Medical and sanitary report of the native army of Madras for the year
Year: 1878
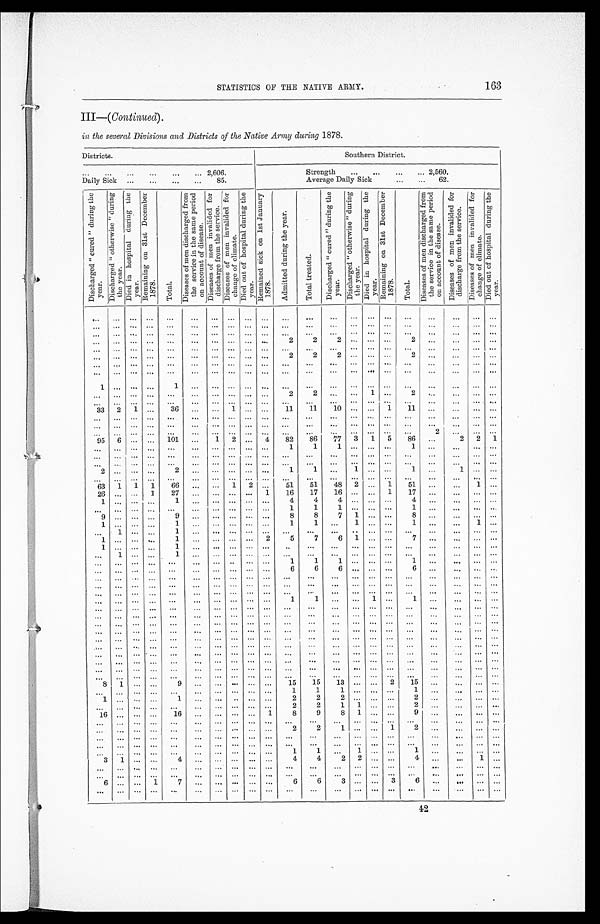
STATISTICS OF THE NATIVE ARMY.
163
III— (Continued) .
in the several Divisions and Districts of the Native Army during 1878.
Districts.
Southern District.
. . . 2,606.
Strength . . . 2,560.
Daily Sick . . . 85.
Average Daily Sick . . . 62.
D i s h a r g e d " c u r e d " d u r i n g t h e y e a r .
D i s c h a r g e d " o t h e r w i s e " d u r i n g t h e y e a r . D i e d i n h o s p i t a l d u r i n g t h e y e a r .
R e m a i n i n g o n 3 1 s t D e c e m b e r 1 8 7 8 .
T o t a l .
D i s e a s e s o f m e n d i s c h a r g e d f r o m t h e s e r v i c e i n t h e s a m e p e r i o d o n a c c o u n t o f d i s e e a s e . D i s e a s e s o f m e n i n v a l i d e d f o r d i s c h a r g e f r o m t h e s e r v i c e .
D i s e a s e s o f m e n i n v a l i d e d f o r c h a n g e o f c l i m a t e .
D i e d o u t o f h o s p i t a l d u r i n g t h e y e a r .
R e m a i n e d s i c k o n 1 s t J a n u a r y 1 8 7 8 .
A d m i t t e d d u r i n g t h e y e a r .
T o t a l t r e a t e d .
D i s c h a r g e d " c u r e d " d u r i n g t h e y e a r . D i s c h a r g e d " o t h e r w i s e " d u r i n g t h e y e a r .
D i e d i n h o s p i t a l d u r i n g t h e y e a r .
R e m a i n i n g o n 3 1 s t D e c e m b e r 1 8 7 8 .
T o t a l .
D i s e a s e s o f m e n d i s c h a r g e d f r o m t h e s e r v i c e i n t h e s a m e p e r i o d o n a c c o u n t o f d i s e a s e .
D i s e a s e s o f m e n i n v a l i d e d f o r d i s c h a r g e f r o m t h e s e r v i c e . D i s e a s e s o f m e n i n v a l i d e d f o r c h a n g e o f c l i m a t e .
D i e d o u t o f h o s p i t a l d u r i n g t h e y e a r .
. . . . . .
. . .
. . .
. . .
. . .
. . .
. . .
. . .
. . .
. . .
. . .
. . .
. . .
. . .
. . .
. . .
. . .
. . . . . .
. . .
. . . . . .
. . .
. . .
. . .
. . .
. . .
. . .
. . .
. . .
. . .
. . .
. . . . . .
. . .
. . .
. . .
. . .
. . . . . .
. . .
. . . . . .
. . .
. . .
. . .
. . .
. . .
. . .
. . .
. . .
. . .
. . .
. . .
. . .
. . .
. . .
. . .
. . .
. . . . . .
. . .
. . . . . .
. . .
. . .
. . .
. . .
. . .
. . .
. . .
. . .
2
2
2 . . .
. . .
. . .
2
. . .
. . .
. . .
. . .
. . . . . .
. . .
. . .
. . .
. . .
. . . . . .
. . .
. . .
. . . . . .
. . . . . .
. . .
. . .
. . .
. . .
. . .
. . .
. . .
. . . . . .
. . .
. . .
. . .
. . .
. . .
. . .
. . .
. . .
2
2
2 . . .
. . .
. . .
2
. . .
. . .
. . .
. . .
. . . . . .
. . .
. . .
. . .
. . .
. . .
. . .
. . .
. . .
. . .
. . .
. . . . . .
. . .
. . .
. . .
. . .
. . .
. . .
. . .
. . . . . .
. . .
. . .
. . .
. . .
. . .
. . .
. . .
. . .
. . .
. . .
. . . . . .
. . .
. . .
. . .
. . .
. . .
. . .
. . .
1
. . . . . .
. . .
1
. . . . . .
. . .
. . .
. . .
. . .
. . .
. . .
. . .
. . .
. . .
. . .
. . .
. . .
. . .
. . .
. . . . . .
. . .
. . .
. . .
. . . . . .
. . .
. . .
. . .
2
2
. . .
. . .
1
. . .
2
. . .
. . . . . .
. . .
. . . . . .
. . .
. . .
. . .
. . .
. . .
. . .
. . .
. . .
. . .
. . .
. . .
. . .
. . .
. . .
. . .
. . .
. . . . . .
. . .
33
2
1
. . .
36
. . .
. . . 1
. . .
. . .
1 1 1 1
10
. . .
. . .
1
1 1
. . .
. . .
. . .
. . .
. . . . . .
. . .
. . .
. . .
. . .
. . .
. . .
. . .
. . .
. . .
. . .
. . .
. . .
. . .
. . .
. . .
. . .
. . .
. . .
. . .
. . . . . .
. . .
. . .
. . .
. . .
. . .
. . .
. . .
. . .
. . .
. . .
. . .
. . .
. . .
. . .
. . .
. . .
. . . . . .
. . .
. . . . . .
. . .
. . .
. . . . . .
. . .
. . .
. . .
. . .
. . .
. . .
. . . . . .
. . .
. . .
. . .
2
. . . . . .
. . .
95
6
. . .
. . . 101
. . .
1
2
. . .
4
82
86
77
3
1
5
86
. . .
2
2
1
. . . . . .
. . .
. . .
. . .
. . .
. . . . . .
. . .
. . .
1 1
1
. . .
. . .
. . .
1
. . .
. . .
. . .
. . .
. . . . . .
. . .
. . .
. . .
. . .
. . . . . .
. . .
. . .
. . .
. . .
. . .
. . .
. . .
. . .
. . .
. . .
. . .
. . .
. . .
. . . . . .
. . .
. . .
. . .
. . .
. . . . . .
. . .
. . .
. . .
. . .
. . .
. . .
. . .
. . .
. . .
. . .
. . . . . .
. . .
2
. . . . . .
. . .
2
. . .
. . . . . .
. . .
. . .
1 1
. . .
1
. . .
. . .
1
. . .
1 . . .
. . .
. . .
. . .
. . .
. . .
. . .
. . .
. . .
. . . . . .
. . .
. . .
. . .
. . .
. . .
. . .
. . .
. . .
. . .
. . . . . .
. . .
63
1
1
1
66
. . .
. . .
1
2
. . .
51
51
48
2
. . .
1
51
. . . . . . 1
. . .
26
. . .
. . .
1
27
. . .
. . . . . .
. . .
1
16
17
16
. . .
. . .
1
17
. . .
. . . . . .
. . .
1
. . . . . .
. . .
1
. . .
. . .
. . .
. . .
. . .
4
4
4
. . .
. . .
. . .
4
. . .
. . .
. . .
. . .
. . . . . .
. . .
. . .
. . .
. . .
. . . . . .
. . .
. . .
1 1 1
. . .
. . .
. . .
1
. . . . . . . . .
. . .
9
. . . . . .
. . .
9
. . .
. . .
. . .
. . .
. . .
8
8
7
1
. . .
. . . 8
. . .
. . .
. . .
. . .
1
. . . . . .
. . .
1
. . .
. . .
. . .
. . .
. . .
1
1
. . . 1
. . .
. . .
1
. . .
. . . 1
. . .
. . . 1
. . .
. . .
1
. . .
. . . . . .
. . .
. . .
. . .
. . .
. . .
. . .
. . .
. . .
. . .
. . .
. . .
. . .
. . .
1
. . . . . .
. . .
1
. . .
. . . . . .
. . . 2
5
7
6
1
. . .
. . .
7
. . .
. . . . . .
. . .
1
. . . . . .
. . .
1
. . .
. . .
. . .
. . .
. . .
. . .
. . .
. . .
. . .
. . .
. . .
. . .
. . .
. . .
. . .
. . .
. . . 1 . . .
. . .
1
. . .
. . .
. . .
. . .
. . .
. . .
. . .
. . .
. . .
. . .
. . .
. . .
. . .
. . .
. . .
. . .
. . . . . .
. . .
. . .
. . .
. . .
. . .
. . .
. . .
. . .
1 1
1
. . .
. . .
. . .
1
. . . . . . . . .
. . .
. . . . . .
. . .
. . .
. . .
. . .
. . .
. . .
. . .
. . .
6
6
6
. . .
. . .
. . .
6
. . .
. . . . . .
. . .
. . . . . .
. . .
. . .
. . .
. . .
. . .
. . .
. . .
. . .
. . .
. . .
. . .
. . .
. . . . . .
. . .
. . .
. . .
. . .
. . .
. . . . . .
. . .
. . .
. . .
. . .
. . .
. . .
. . .
. . .
. . .
. . .
. . .
. . .
. . . . . .
. . .
. . .
. . .
. . .
. . .
. . . . . .
. . .
. . .
. . .
. . .
. . .
. . .
. . .
. . .
. . .
. . .
. . .
. . .
. . . . . .
. . .
. . .
. . .
. . .
. . .
. . . . . .
. . .
. . .
. . .
. . .
. . .
. . .
. . .
. . .
1
1
. . . . . .
1 . . .
1
. . .
. . . . . .
. . .
. . . . . .
. . .
. . .
. . .
. . .
. . .
. . .
. . .
. . .
. . .
. . .
. . .
. . .
. . . . . .
. . .
. . .
. . . . . .
. . .
. . . . . .
. . .
. . .
. . .
. . .
. . .
. . .
. . .
. . .
. . .
. . .
. . . . . .
. . . . . .
. . .
. . .
. . .
. . .
. . .
. . . . . .
. . .
. . .
. . .
. . .
. . .
. . .
. . .
. . .
. . .
. . .
. . .
. . .
. . . . . .
. . .
. . .
. . .
. . .
. . .
. . . . . .
. . .
. . .
. . .
. . .
. . .
. . .
. . .
. . .
. . .
. . .
. . .
. . .
. . . . . .
. . .
. . .
. . . . . .
. . .
. . . . . .
. . .
. . .
. . .
. . .
. . .
. . .
. . .
. . .
. . .
. . .
. . .
. . .
. . . . . .
. . .
. . .
. . .
. . .
. . .
. . . . . .
. . .
. . .
. . .
. . .
. . .
. . . . . .
. . .
. . .
. . .
. . . . . .
. . . . . .
. . .
. . .
. . . . . .
. . .
. . . . . .
. . .
. . .
. . .
. . .
. . .
. . .
. . .
. . .
. . .
. . .
. . .
. . .
. . .
. . .
. . .
. . .
. . .
. . .
. . .
. . . . . .
. . .
. . .
. . .
. . .
. . .
. . .
. . .
. . .
. . .
. . .
. . .
. . .
. . . . . .
. . .
. . .
. . . . . .
. . .
. . . . . .
. . .
. . .
. . .
. . .
. . . . . .
. . .
. . .
. . .
. . .
. . . . . .
. . .
. . .
. . .
. . .
. . . . . .
. . .
. . . . . .
. . .
. . .
. . .
. . .
. . .
. . .
. . .
. . .
. . .
. . .
. . . . . .
. . .
. . .
. . .
. . .
. . . . . .
. . .
8
1
. . .
. . .
. . .
9
. . . . . .
. . .
. . . 15
15
13
. . . . . .
2
15
. . .
. . . . . .
. . .
. . . . . .
. . .
. . .
. . .
. . .
. . .
. . .
. . .
. . .
1
1
1
. . . . . .
. . .
1
. . .
. . . . . .
. . .
1
. . . . . .
. . .
. . .
1
. . .
. . .
. . .
. . .
2
2
2
. . .
. . .
. . .
2
. . .
. . . . . .
. . .
. . . . . .
. . .
. . .
. . .
. . .
. . .
. . .
. . .
. . .
2
2
1
1 . . .
. . .
2
. . .
. . .
. . .
. . .
16
. . . . . .
. . .
16
. . .
. . .
. . .
. . .
1
8
9
8
1
. . .
. . .
9
. . .
. . .. . .
. . .
. . . . . .
. . .
. . .
. . .
. . .
. . .
. . .
. . .
. . .
. . .
. . .
. . .
. . .
. . .
. . .
. . .
. . .
. . .
. . .
. . .
. . . . . .
. . .
. . .
. . .
. . .
. . .
. . .
. . .
. . .
2
2
1
. . .
. . .
1
2
. . .
. . . . . .
. . .
. . . . . .
. . .
. . .
. . .
. . .
. . .
. . .
. . .
. . .
. . .
. . .
. . .
. . .
. . .
. . .
. . .
. . . . . .
. . .
. . .
. . . . . .
. . .
. . .
. . .
. . .
. . .
. . .
. . .
. . .
. . .
. . .
. . .
. . .
. . .
. . .
. . .
. . .
. . .
. . .
. . .
. . . . . .
. . .
. . .
. . .
. . .
. . .
. . .
. . .
. . .
1
1
. . .
1
. . .
. . .
1
. . .
. . . . . .
. . .
3
1
. . .
. . .
4
. . .
. . . . . .
. . .
. . .
4
4
2
2
. . .
. . .
4
. . .
. . .
1
. . .
. . . . . . . . .
. . .
. . .
. . .
. . .
. . .
. . .
. . .
. . .
. . .
. . .
. . .
. . .
. . .
. . .
. . .
. . .
. . .
. . .
. . . . . .
. . .
. . .
. . .
. . .
. . . . . .
. . .
. . .
. . .
. . .
. . .
. . .
. . .
. . .
. . .
. . .
. . .
. . .
. . .
6
. . . . . .
1
7
. . .
. . . . . .
. . .
. . .
6
6
3
. . .
. . .
3
6
. . . . . .
. . .
. . .
. . . . . .
. . .
. . .
. . .
. . .
. . .
. . .
. . .
. . .
. . .
. . .
. . .
. . .
. . .
. . .
. . .
. . .
. . . . . .
. . .
4 2